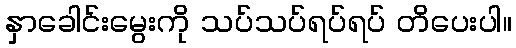
နှာခေါင်းမွေးကို သပ်သပ်ရပ်ရပ် တိပေးပါ။